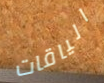
الياقات